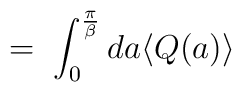
\;=\; \int_0^{\frac{\pi}{\beta}} d a \langle Q(a) \rangle